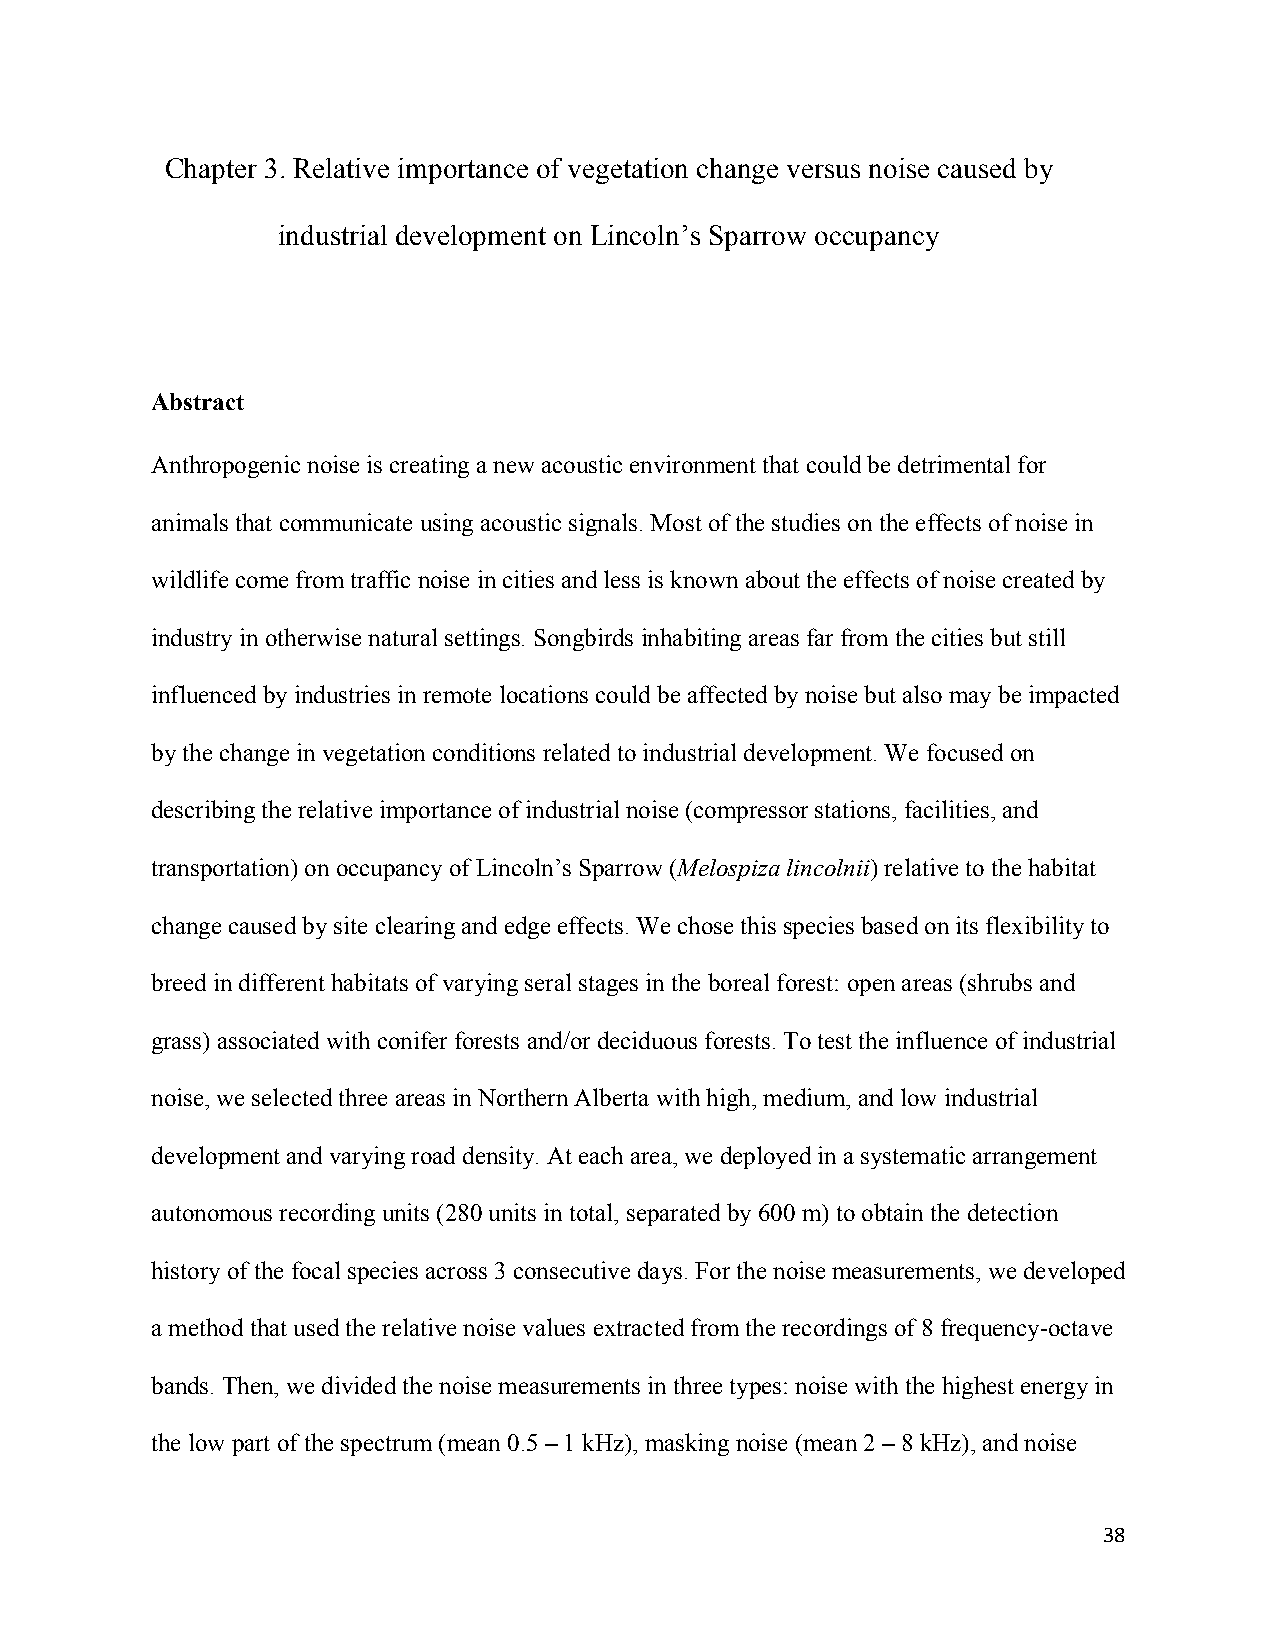
Chapter 3. Relative importance of vegetation change versus noise caused by
 industrial development on Lincoln’s Sparrow occupancy
 Abstract
 Anthropogenic noise is creating a new acoustic environment that could be detrimental for
 animals that communicate using acoustic signals. Most of the studies on the effects of noise in
 wildlife come from traffic noise in cities and less is known about the effects of noise created by
 industry in otherwise natural settings. Songbirds inhabiting areas far from the cities but still
 influenced by industries in remote locations could be affected by noise but also may be impacted
 by the change in vegetation conditions related to industrial development. We focused on
 describing the relative importance of industrial noise (compressor stations, facilities, and
 transportation) on occupancy of Lincoln’s Sparrow (Melospiza lincolnii) relative to the habitat
 change caused by site clearing and edge effects. We chose this species based on its flexibility to
 breed in different habitats of varying seral stages in the boreal forest: open areas (shrubs and
 grass) associated with conifer forests and/or deciduous forests. To test the influence of industrial
 noise, we selected three areas in Northern Alberta with high, medium, and low industrial
 development and varying road density. At each area, we deployed in a systematic arrangement
 autonomous recording units (280 units in total, separated by 600 m) to obtain the detection
 history of the focal species across 3 consecutive days. For the noise measurements, we developed
 a method that used the relative noise values extracted from the recordings of 8 frequency-octave
 bands. Then, we divided the noise measurements in three types: noise with the highest energy in
 the low part of the spectrum (mean 0.5 – 1 kHz), masking noise (mean 2 – 8 kHz), and noise
 38